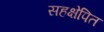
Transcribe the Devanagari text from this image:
सहक्षेपित